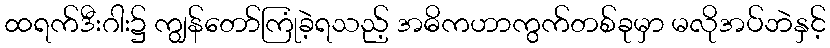
ထရက်ဒီးဂါး၌ ကျွန်တော်ကြုံခဲ့ရသည့် အဓိကဟာကွက်တစ်ခုမှာ မလိုအပ်ဘဲနှင့်